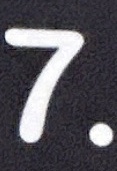
7.